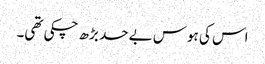
اس کی ہوس بے حد بڑھ چکی تھی۔